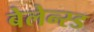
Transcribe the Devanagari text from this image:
बेलेन्स्ड